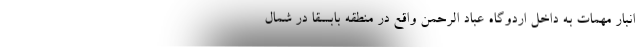
انبار مهمات به داخل اردوگاه عباد الرحمن واقع در منطقه بابسقا در شمال